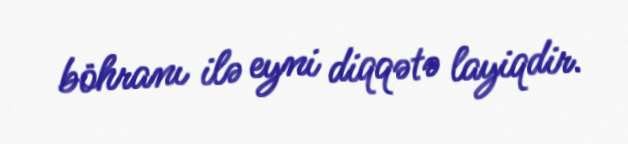
böhranı ilə eyni diqqətə layiqdir.